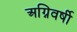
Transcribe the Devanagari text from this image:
अग्निवर्षी